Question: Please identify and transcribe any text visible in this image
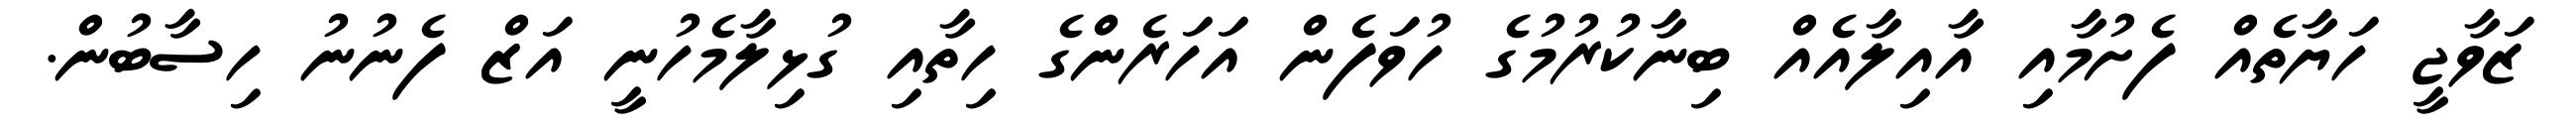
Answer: ޒަވާޖީ ހަޔާތެއް ފެށުމާއި އާއިލާއެއް ބިނާކުރުމުގެ ހުވަފެން އަހަރެންގެ ހިތާއި ގުޅިލާމެހުނީ އަޒް ފެނުނު ހިސާބުން.